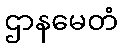
ဌာနမေတံ